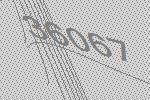
36067